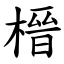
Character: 榗